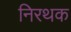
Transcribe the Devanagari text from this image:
निरथक